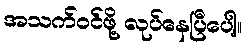
အသက်ဝင်ဖို့ လုပ်နေပြီပေါ့။